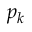
p _ { k }